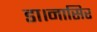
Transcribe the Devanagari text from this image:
डा।नासिर